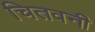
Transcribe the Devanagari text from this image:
चितवनी